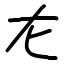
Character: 㔫